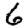
Digit: 6